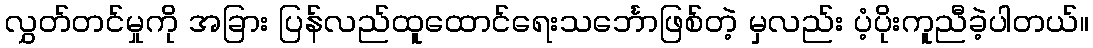
လွှတ်တင်မှုကို အခြား ပြန်လည်ထူထောင်ရေးသင်္ဘောဖြစ်တဲ့ မှလည်း ပံ့ပိုးကူညီခဲ့ပါတယ်။